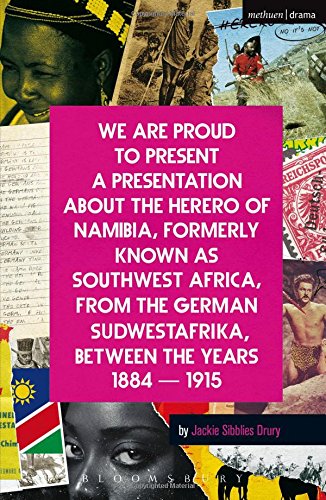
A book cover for We Are Proud To Present a Presentation About the Herero of Namibia, Formerly Known as Southwest Africa, From the German Sudwestafrika, Between the Years 1884 - 1915 (Modern Plays); Jackie Sibblies Drury; Literature & Fiction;